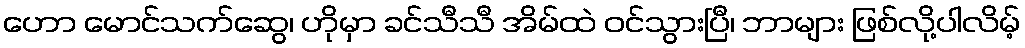
ဟော မောင်သက်ဆွေ၊ ဟိုမှာ ခင်သီသီ အိမ်ထဲ ဝင်သွားပြီ၊ ဘာများ ဖြစ်လို့ပါလိမ့်